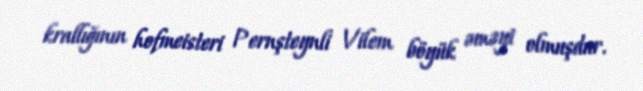
krallığının hofmeisteri Pernşteynli Vilem böyük əməyi olmuşdur.